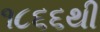
૧૮૬૬થી